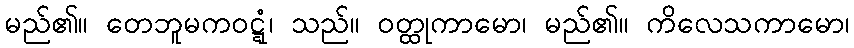
မည်၏။ တေဘူမကဝဋ္ဋံ၊ သည်။ ဝတ္ထုကာမော၊ မည်၏။ ကိလေသကာမော၊